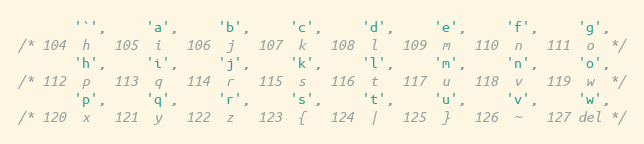
Language: C++
       '`',     'a',     'b',     'c',     'd',     'e',     'f',     'g',
/* 104  h   105  i   106  j   107  k   108  l   109  m   110  n   111  o  */
       'h',     'i',     'j',     'k',     'l',     'm',     'n',     'o',
/* 112  p   113  q   114  r   115  s   116  t   117  u   118  v   119  w  */
       'p',     'q',     'r',     's',     't',     'u',     'v',     'w',
/* 120  x   121  y   122  z   123  {   124  |   125  }   126  ~   127 del */